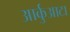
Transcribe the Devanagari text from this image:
आर्कुआटा